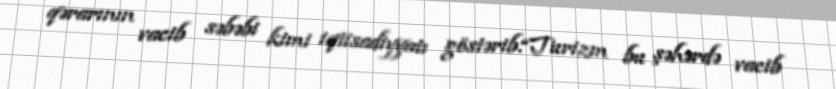
qərarının vacib səbəbi kimi iqtisadiyyatı göstərib.“Turizm bu şəhərdə vacib